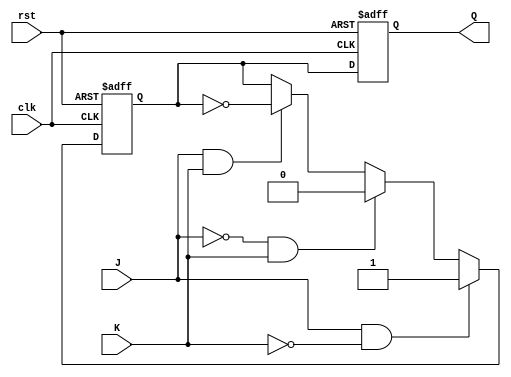
module jk_flip_flop_master_slave (
    input wire J,
    input wire K,
    input wire clk,
    input wire rst,
    output reg Q
);

reg Q_m;

// Master Block
always @(posedge clk or posedge rst) begin
    if (rst) begin
        Q_m <= 1'b0;
    end else begin
        if (J & !K) begin
            Q_m <= 1'b1;
        end else if (!J & K) begin
            Q_m <= 1'b0;
        end else if (J & K) begin
            Q_m <= !Q_m;
        end
    end
end

// Slave Block
always @(posedge clk or posedge rst) begin
    if (rst) begin
        Q <= 1'b0;
    end else begin
        Q <= Q_m;
    end
end

endmodule